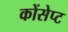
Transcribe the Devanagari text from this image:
कोंसेप्ट